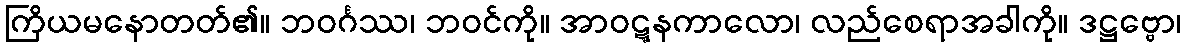
ကြိယမနောတတ်၏။ ဘဝင်္ဂဿ၊ ဘဝင်ကို။ အာဝဋ္ဋနကာလော၊ လည်စေရာအခါကို။ ဒဋ္ဌဗ္ဗော၊